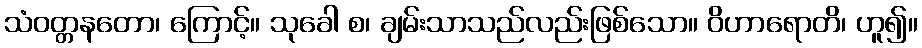
သံဝတ္တနတော၊ ကြောင့်။ သုခေါ စ၊ ချမ်းသာသည်လည်းဖြစ်သော။ ဝိဟာရောတိ၊ ဟူ၍။